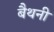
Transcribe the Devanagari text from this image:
बैथनी